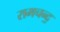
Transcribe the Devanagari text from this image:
रामचन्द॒